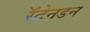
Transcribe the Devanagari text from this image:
रॅटेनडन